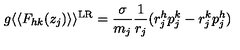
g \langle \langle F _ { h k } ( z _ { j } ) \rangle \rangle ^ { \mathrm { L R } } = \frac { \sigma } { m _ { j } } \frac { 1 } { r _ { j } } ( r _ { j } ^ { h } p _ { j } ^ { k } - r _ { j } ^ { k } p _ { j } ^ { h } )